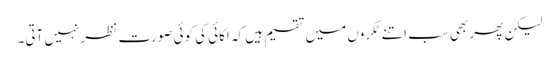
لیکن پھر بھی سب اتنے ٹکروں میں تقسیم ہیں کہ اکائی کی کوئی صورت نظر نہیں آتی۔